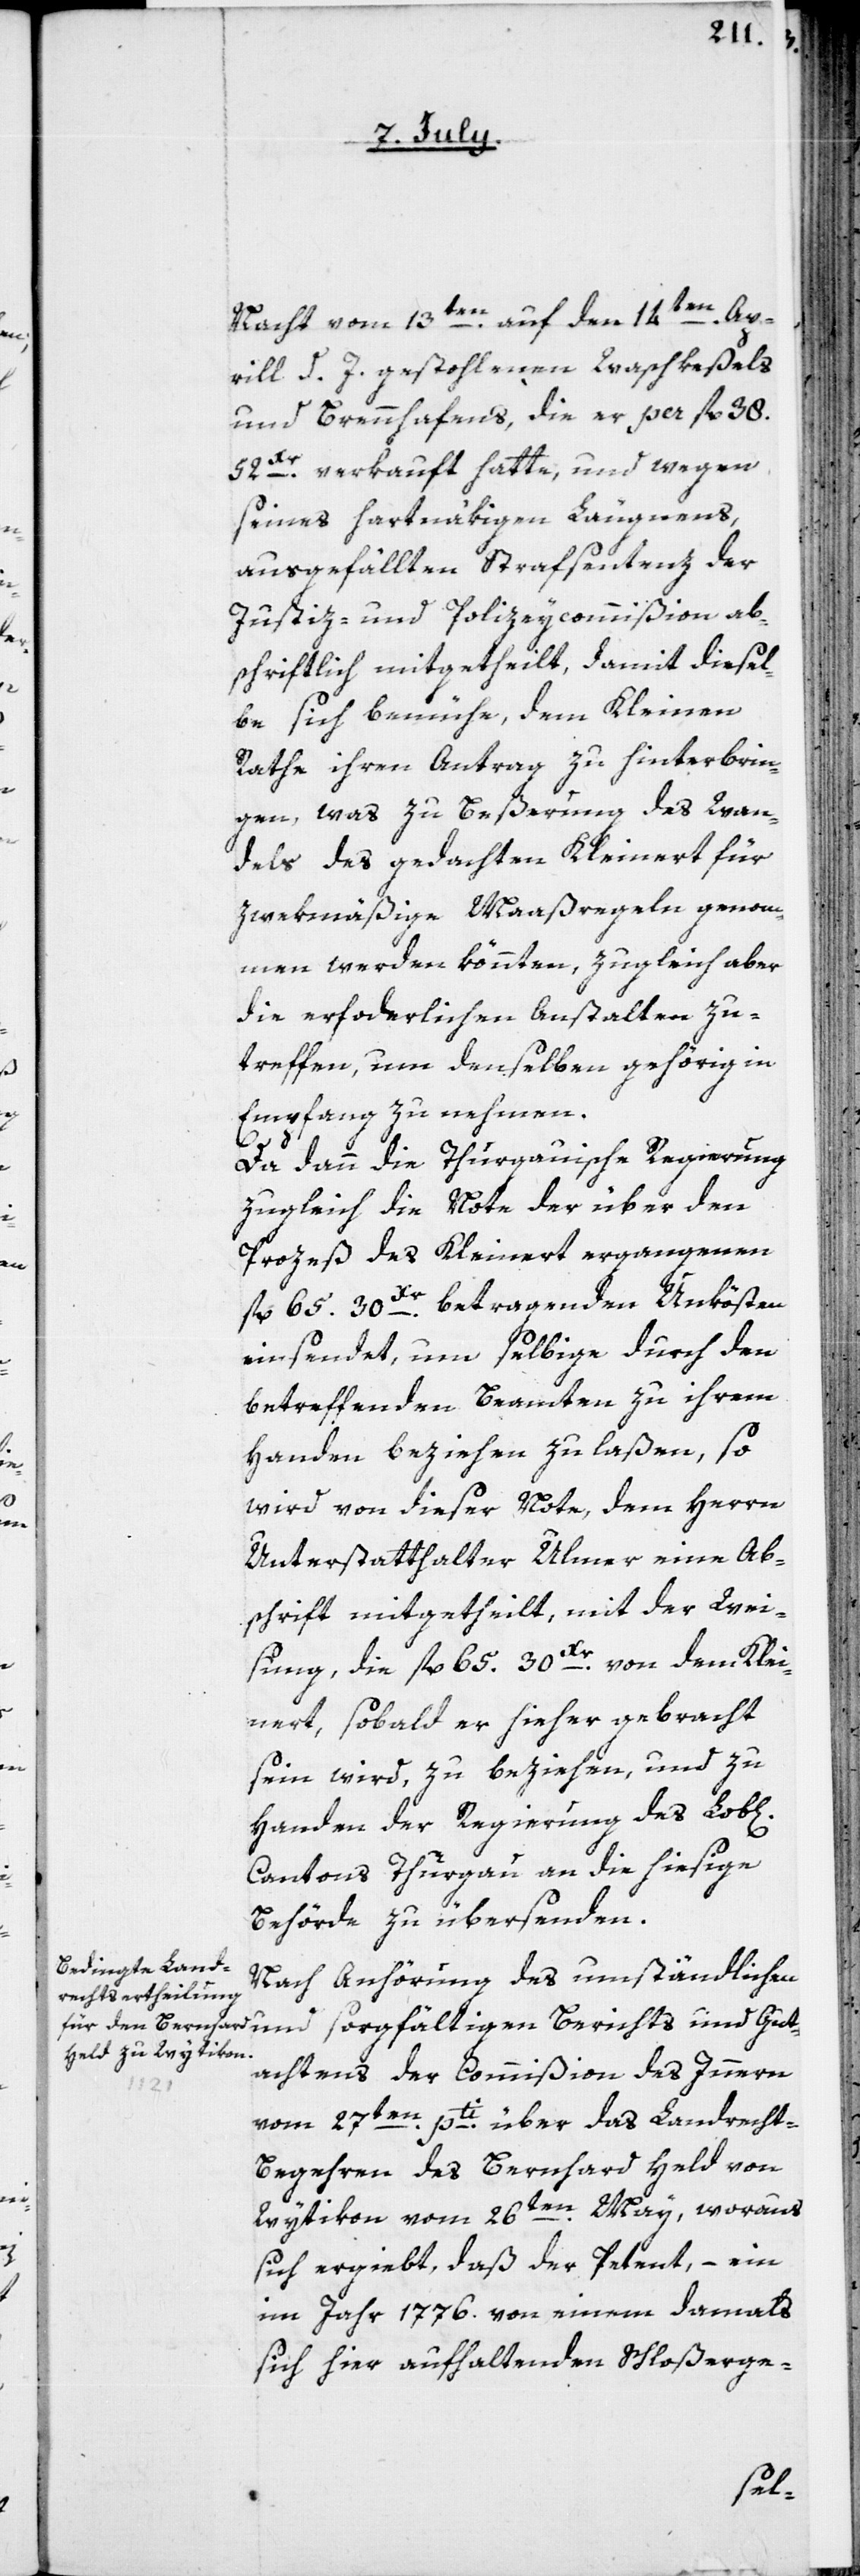
Gut¬

Nacht vom 13ten auf den 14ten Apr¬
ill d. J. gestohlenen Waschkeßels
und Brennhafens, die er per fl. 38.
52Xr verkauft hatte, und wegen
seines hartnäkigen Leugnens,
ausgefällte Strafsentenz der
Justiz- und Polizeycommißion ab¬
schriftlich mitgetheilt, damit diesel¬
be sich bemühe, dem Kleinen
Rathe ihren Antrag zu hinterbrin¬
gen, was zu Beßerung des Wan¬
dels des gedachten Kleinert für
zwekmäßige Maßregeln genom¬
men werden könnten, zugleich aber
die erforderlichen Anstalten zu
treffen, um denselben gehörig in
Empfang zu nehmen.
und
Da dann die Thurgauische Regierung
zugleich die Note der über den
Prozeß des Kleinert ergangenen
fl. 65 30Xr betragenden Unkösten
einsendet, um selbige durch den
betreffenden Beamten zu ihren
Handen beziehen zu laßen, so
wird von dieser Note, dem Herrn
Unterstatthalter Ulmer eine Ab¬
schrift mitgetheilt, mit der Wei¬
sung, die fl. 65. 30Xr von dem Klei¬
nert, sobald er hieher gebracht
sein wird, zu beziehen, und zu
Handen der Regierung des Lob[li¬
Cantons Thurgau an die hiesige
Behörde zu übersenden.
Nach Anhörung des umständlichen
achtens der Commißion des Innern
vom 27ten pti über das Landrecht-B¬
egehren des Bernhard Held von
Wytikon vom 26ten May, woraus
sich ergiebt, daß der Petent, – ein
im Jahr 1776. von einem damals
sich hier aufhaltenden Schloßerge-